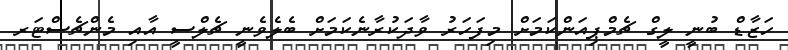
ހަޒާޑް ބުނީ ލީގް ޗެމްޕިއަންކަމަށް މިފަހަރު ވާދަކުރާނެކަމަށް ބެލެވެނީ ޗެލްސީ އާއި މެންޗެސްޓަރ